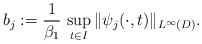
\begin{align*} b_j := \frac{1}{\beta_1}\,\sup_{t\in I}\|\psi_j(\cdot,t)\|_{L^{\infty}(D)}.\end{align*}